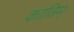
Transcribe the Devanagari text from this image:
काजिम्